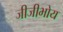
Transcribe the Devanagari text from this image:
जीजीभोय